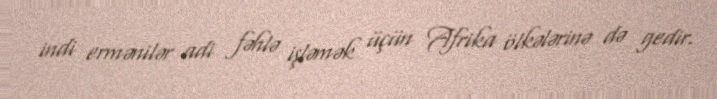
indi ermənilər adi fəhlə işləmək üçün Afrika ölkələrinə də gedir.